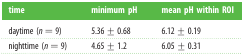
<table><thead><tr><td><b>time</b></td><td><b>minimum pH</b></td><td><b>mean pH within ROI</b></td></tr></thead><tbody><tr><td>daytime (<i>n</i> = 9)</td><td>5.36 ± 0.68</td><td>6.12 ± 0.19</td></tr><tr><td>nighttime (<i>n</i> = 9)</td><td>4.65 ± 1.2</td><td>6.05 ± 0.31</td></tr></tbody></table>